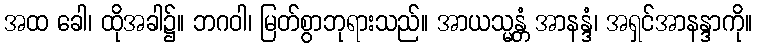
အထ ခေါ၊ ထိုအခါ၌။ ဘဂဝါ၊ မြတ်စွာဘုရားသည်။ အာယသ္မန္တံ အာနန္ဒံ၊ အရှင်အာနန္ဒာကို။